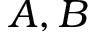
A , B